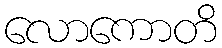
လောကောတိ